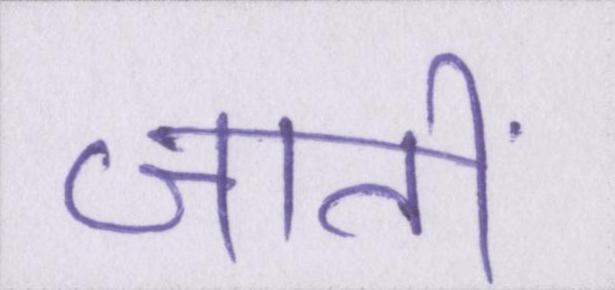
जातीं